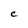
Character: c